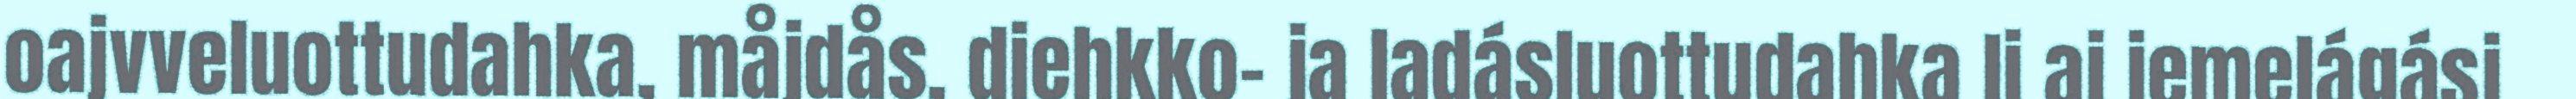
oajvveluottudahka, måjdås, diehkko- ja ladásluottudahka li aj iemelágásj